Statistics of inoculations with Haffkine's anti-plague vaccine 1897-1900
Year: 1897
Disease focus: Plague
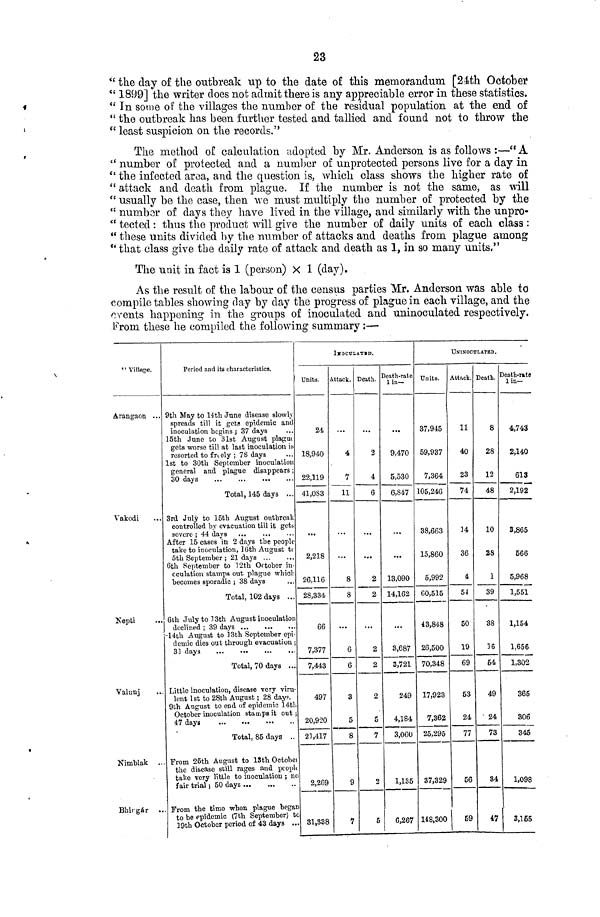
23
" the day of the outbreak up to the date of this memorandum [24th October
" 1899] the writer does not admit there is any appreciable error in these statistics.
" In some of the villages the number of the residual population at the end of
" the outbreak has been further tested and tallied and found not to throw the
" least suspicion on the records."
The method of calculation adopted by Mr. Anderson is as follows :—" A
" number of protected and a number of unprotected persons live for a day in
" the infected area, and the question is, which class shows the higher rate of
"attack and death from plague. If the number is not the same, as will
" usually be the case, then we must multiply the number of protected by the
" number of days they have lived in the village, and similarly with the unpro-
" tected : thus the product will give the number of daily units of each class :
" these units divided by the number of attacks and deaths from plague among
" that class give the daily rate of attack and death as 1, in so many units."
The unit in fact is 1 (person) × 1 (day).
As the result of the labour of the census parties Mr. Anderson was able to
compile tables showing day by day the progress of plague in each village, and the
events happening in the groups of inoculated and uninoculated respectively.
From these he compiled the following summary :—
"Village.
Arangaon ...
Vakodi ...
Nepti ...
Valunj ...
Nimblak ...
Bhirgár ...
Period and its characteristics.
9th May to 14th June disease slowly
spreads till it gets epidemic and
inoculation begins ; 37 days
15th June to 31st August plague
gets worse till at last inoculation is
resorted to freely ; 78 days
1st to 30th September inoculation
general and plague disappears;
30 days
...
...
...
...
Total, 145 days ...
3rd July to 15th August outbreak
controlled by evacuation till it gets
severe ; 44 days ... ... ...
After 15 cases in 2 days the people
take to inoculation, 16th August to
5th September ; 21 days ... ...
6th September to 12th October in-
oculation stamps out plague which
becomes sporadic ; 38 days ...
Total, 102 days ...
6th July to 13th August inoculation
declined ; 39 days ... ... ...
-14th August to 13th Soptember epi-
demic dies out through evacuation ;
31 days ... ... ... ...
Total, 70 days ...
Little inoculation, disease very viru-
lent 1st to 28th August ; 28 days.
9th August to end of epidemic 14th
October inoculation stamps it out ;
47 days
...
...
...
...
Total, 85 days ...
From 25th August to 13th October
the disease still rages and people
take very little to inoculation ; no
fair trial , 50 days ... ... ...
From the timo when plague began
to be epidemic (7th September) to
19th October period of 43 days ...
INOCULATED.
Units.
24
18,940
22,119
41,083
...
2,218
26,116
28,334
66
7,377
7,443
497
20,920
21,417
2,269
31,338
Attack.
...
4
7
11
...
...
8
8
...
6
6
3
5
8
9
7
Death.
...
2
4
6
...
...
2
2
...
2
2
2
5
7
2
5
Death-rate
1 in—
...
9,470
5,530
6,847
...
...
13,090
14,162
...
3,687
3,721
249
4,184
3,060
1,135
6,267
UNINOCULATED.
Units.
37,945
59,937
7,364
105,246
38,663
15,860
5,992
60,515
43,848
26,500
70,348
17,923
7,362
25,295
37,329
148,300
Attack.
11
40
23
74
14
36
4
54
50
19
69
53
24
77
56
59
Death.
8
28
12
48
10
28
1
39
38
16
54
40
24
73
47
Death-rate
1 in—
4,743
2,140
613
2,192
3,865
566
5,968
1,551
1,154
1,656
1,302
365
306
345
1,098
3,155